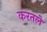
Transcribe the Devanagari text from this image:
करतले